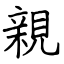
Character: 親